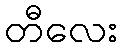
တီလေး